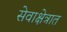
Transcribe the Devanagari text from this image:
सेवाक्षेत्रात